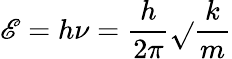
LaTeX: \mathscr{E}=h\nu={\frac{{h}}{{2\pi}}}{\sqrt{}{{\frac{{k}}{{m}}}}}